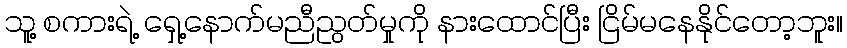
သူ့ စကားရဲ့ ရှေ့နောက်မညီညွတ်မှုကို နားထောင်ပြီး ငြိမ်မနေနိုင်တော့ဘူး။